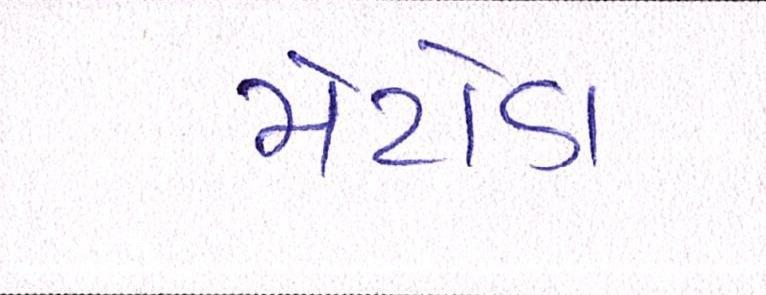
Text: મેટોડા